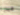
هيدرا